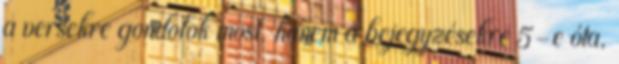
a versekre gondolok most, hanem a bejegyzésekre 5-e óta,